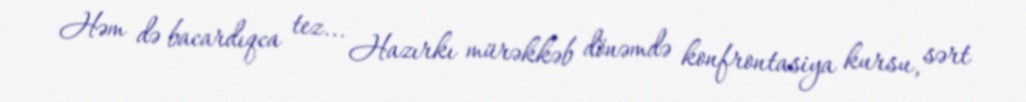
Həm də bacardıqca tez... Hazırkı mürəkkəb dönəmdə konfrontasiya kursu, sərt